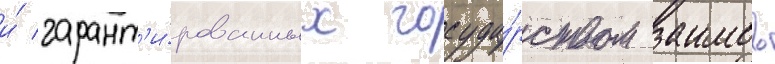
и́ гарант'и́рованных госуда́рством заимов